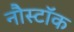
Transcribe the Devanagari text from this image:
नौस्टॉक